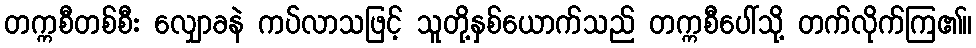
တက္ကစီတစ်စီး လျှောခနဲ ကပ်လာသဖြင့် သူတို့နှစ်ယောက်သည် တက္ကစီပေါ်သို့ တက်လိုက်ကြ၏။